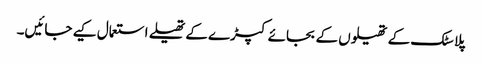
پلاسٹک کے تھیلوں کے بجائے کپڑے کے تھیلے استعمال کیے جائیں۔